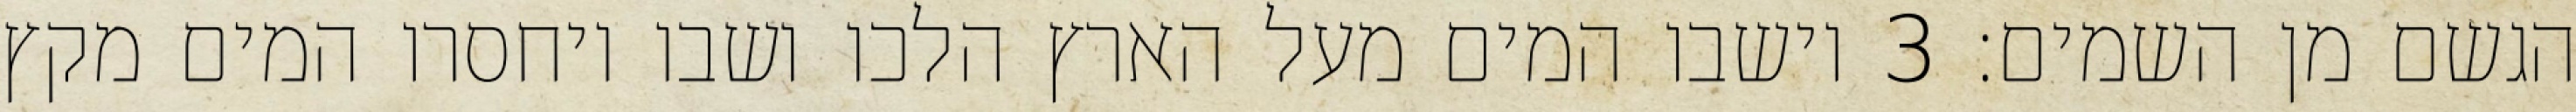
הגשם מן השמים׃ ‎3‏ וישבו המים מעל הארץ הלכו ושבו ויחסרו המים מקץ